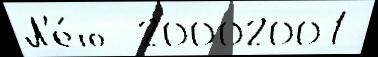
Л'е́то  20002001